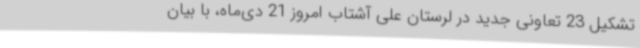
تشکیل 23 تعاونی جدید در لرستان علی آشتاب امروز 21 دی‌ماه، با بیان